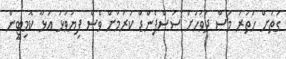
ގަތަށް ހަތަރު މަސް ދުވަހަށް ސަސްޕެންޑް ކުރުމަށް ވެސް ފިޔަވަޅު އަޅާ ކޮމިޓީން